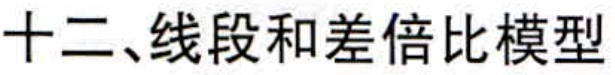
十二、线段和差倍比模型